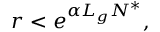
\begin{array} { r } { r < e ^ { \alpha L _ { g } N ^ { * } } , } \end{array}